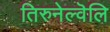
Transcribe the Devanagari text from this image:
तिरुनेल्वॆलि